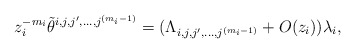
\begin{align*} z_i^{-m_i} \tilde{\theta}^{i,j,j',\ldots, j^{(m_i-1)}} = (\Lambda_{i,j,j',\ldots , j^{(m_i-1)}} + O(z_i)) \lambda_i, \end{align*}